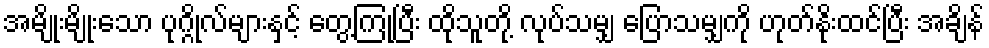
အမျိုးမျိုးသော ပုဂ္ဂိုလ်များနှင့် တွေ့ကြုံပြီး ထိုသူတို့ လုပ်သမျှ ပြောသမျှကို ဟုတ်နိုးထင်ပြီး အချိန်